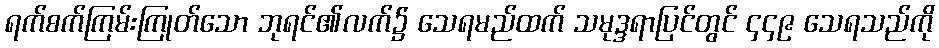
ရက်စက်ကြမ်းကြုတ်သော ဘုရင်၏လက်၌ သေရမည်ထက် သမုဒ္ဒရာပြင်တွင် ၄၄၉ သေရသည်ကို